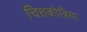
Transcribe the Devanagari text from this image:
चित्तकोडिया